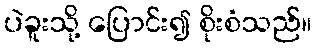
ပဲခူးသို့ ပြောင်း၍ စိုးစံသည်။